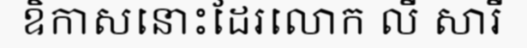
ឧិកាសនោះដែរលោក លី សារី